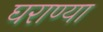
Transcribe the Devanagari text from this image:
घराण्या